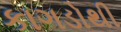
કાગડોથી